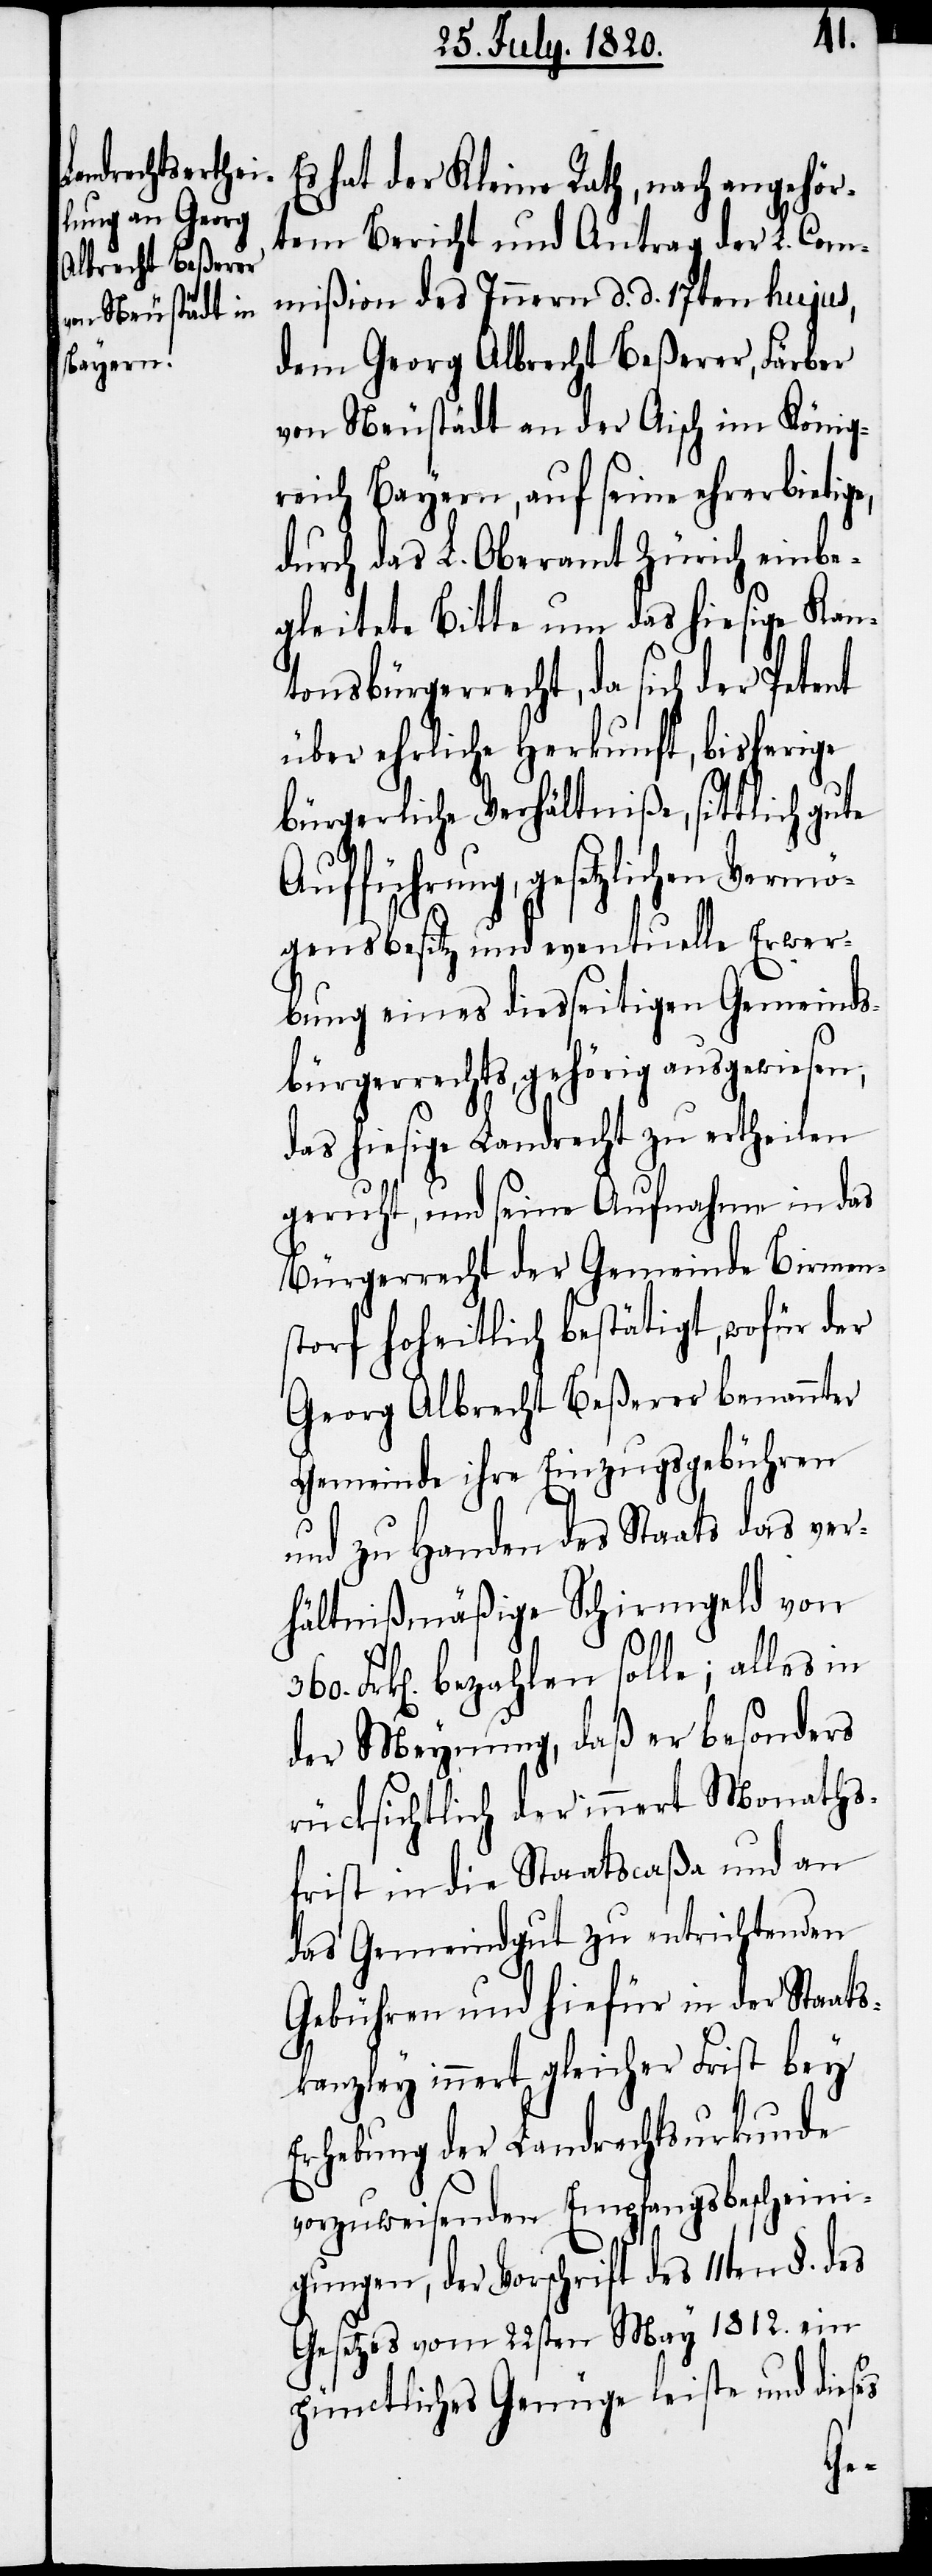
Es hat der Kleine Rath, nach angehör¬
tem Bericht und Antrag der L. Com¬
mißion des Innern d. d. 17ten hujus,
dem Georg Albrecht Beßerer, Färber
von Neustädt an der Aisch im König¬
reich Bayern, auf seine ehrerbietig¬
durch das L. Oberamt Zürich einbe¬
gleitete Bitte um das hiesige Kan¬
tonsbürgerrecht, da sich der Petent
über ehrliche Herkunft, bisherige
bürgerliche Verhältniße, sittlich gute
Aufführung, gesetzlichen Vermö¬
gensbesitz und eventuelle Erwer¬
bung eines diesseitigen Gemeinds¬
bürgerrechts, gehörig ausgewiesen,
das hiesige Landrecht zu ertheilen
geruht, und seine Aufnahme in das
Bürgerrecht der Gemeinde Birmen¬
storf hoheitlich bestätigt, wofür der
Georg Albrecht Beßerer benannter
Gemeinde ihre Einzugsgebühren
und zu Handen des Staats das ver¬
hältnißmäßige Schirmgeld von
Frk[en]. bezahlen solle; alles in
der Meynung, daß er besonders
rücksichtlich der innert Monaths¬
frist in die Staatscaßa und an
das Gemeindgut zu entrichtenden
Gebühren und hiefür in der Staat¬
skanzley innert gleicher Frist bey
Erhebung der Landrechtsurkunde
vorzuweisenden Empfangsbescheini¬
gungen, der Vorschrift des 11ten §. des
Gesetzes vom 22sten May 1812. ein
pünctliches Genüge leiste und dieses
e,